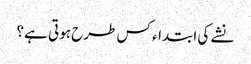
نشے کی ابتداء کس طرح ہوتی ہے ؟